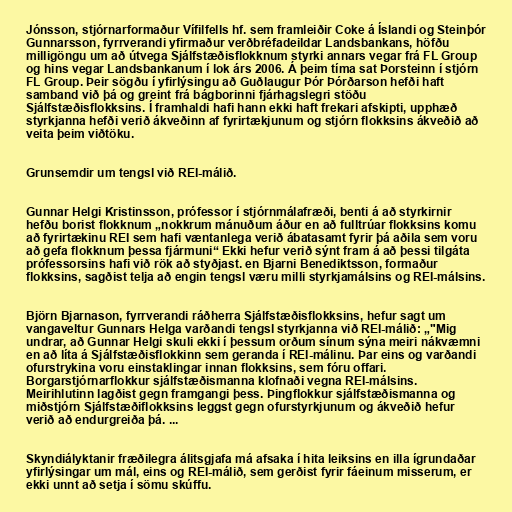
Jónsson, stjórnarformaður Vífilfells hf. sem framleiðir Coke á Íslandi og Steinþór
Gunnarsson, fyrrverandi yfirmaður verðbréfadeildar Landsbankans, höfðu
milligöngu um að útvega Sjálfstæðisflokknum styrki annars vegar frá FL Group
og hins vegar Landsbankanum í lok árs 2006. Á þeim tíma sat Þorsteinn í stjórn
FL Group. Þeir sögðu í yfirlýsingu að Guðlaugur Þór Þórðarson hefði haft
samband við þá og greint frá bágborinni fjárhagslegri stöðu
Sjálfstæðisflokksins. Í framhaldi hafi hann ekki haft frekari afskipti, upphæð
styrkjanna hefði verið ákveðinn af fyrirtækjunum og stjórn flokksins ákveðið að
veita þeim viðtöku.

Grunsemdir um tengsl við REI-málið.

Gunnar Helgi Kristinsson, prófessor í stjórnmálafræði, benti á að styrkirnir
hefðu borist flokknum „nokkrum mánuðum áður en að fulltrúar flokksins komu
að fyrirtækinu REI sem hafi væntanlega verið ábatasamt fyrir þá aðila sem voru
að gefa flokknum þessa fjármuni“ Ekki hefur verið sýnt fram á að þessi tilgáta
prófessorsins hafi við rök að styðjast. en Bjarni Benediktsson, formaður
flokksins, sagðist telja að engin tengsl væru milli styrkjamálsins og REI-málsins.

Björn Bjarnason, fyrrverandi ráðherra Sjálfstæðisflokksins, hefur sagt um
vangaveltur Gunnars Helga varðandi tengsl styrkjanna við REI-málið: „"Mig
undrar, að Gunnar Helgi skuli ekki í þessum orðum sínum sýna meiri nákvæmni
en að líta á Sjálfstæðisflokkinn sem geranda í REI-málinu. Þar eins og varðandi
ofurstrykina voru einstaklingar innan flokksins, sem fóru offari.
Borgarstjórnarflokkur sjálfstæðismanna klofnaði vegna REI-málsins.
Meirihlutinn lagðist gegn framgangi þess. Þingflokkur sjálfstæðismanna og
miðstjórn Sjálfstæðiflokksins leggst gegn ofurstyrkjunum og ákveðið hefur
verið að endurgreiða þá. ...

Skyndiályktanir fræðilegra álitsgjafa má afsaka í hita leiksins en illa ígrundaðar
yfirlýsingar um mál, eins og REI-málið, sem gerðist fyrir fáeinum misserum, er
ekki unnt að setja í sömu skúffu.